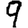
Digit: 9